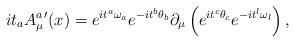
\begin{align*}i{t}_{a}{A_{\mu}^{a}}'(x)=e^{i{t}^{a}{\omega}_{a}}e^{-i{t}^{b}{\theta}_{b}}\partial_{\mu}\left (e^{i{t}^{c}{\theta}_{c}}e^{-i{t}^{l}{\omega}_{l}}\right ),\end{align*}